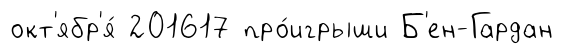
окт'ябр'я́ 201617 про́игрыши Б'ен-Гардан